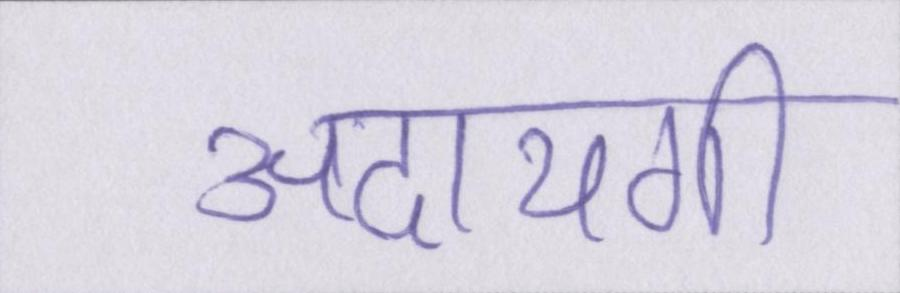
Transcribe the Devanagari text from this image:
अदायगी